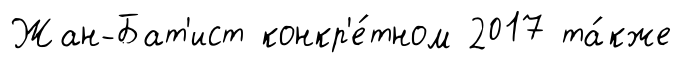
Жан-Бат'ист конкр'е́тном 2017 та́кже